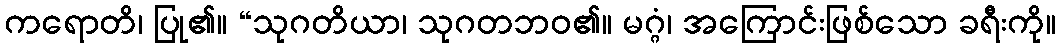
ကရောတိ၊ ပြု၏။ “သုဂတိယာ၊ သုဂတဘဝ၏။ မဂ္ဂံ၊ အကြောင်းဖြစ်သော ခရီးကို။